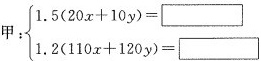
$$甲：\begin { cases }